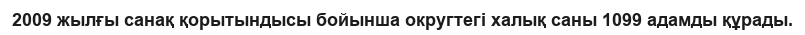
2009 жылғы санақ қорытындысы бойынша округтегі халық саны 1099 адамды құрады.